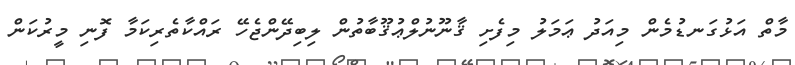
މާތް އަޅުގަނޑުމެން މިއަދު ޢަމަލު މިފެށި ޤާނޫނުލްޢުޤޫބާތުން ލިބިދޭންޖެހޭ ރައްކާތެރިކަމާ ފޮނި މީރުކަން